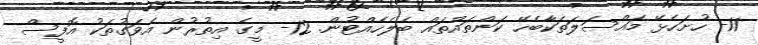
11- ހުށަހެޅޭ މައްސަލަތަކާބެހޭ ކަންތައްތައް ބެލެހެއްޓުން. 12- މީގެ އިތުރުން އެވަގުތަކު އޮފީސް